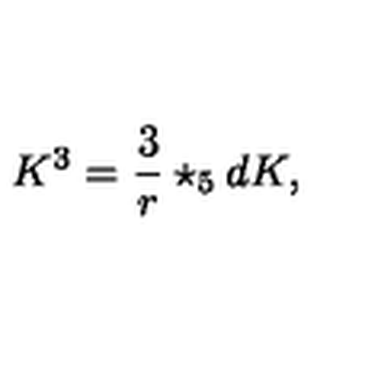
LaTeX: K ^ { 3 } = { \frac { 3 } { r } } \star _ { 5 } d K ,